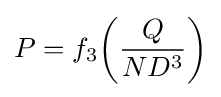
P=f_{3}\!\left({Q \over {ND^{3}}}\right)